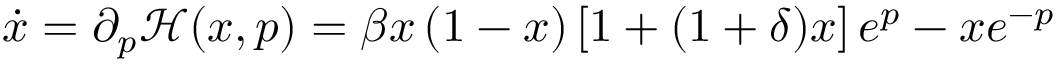
\begin{array} { r } { \dot { x } = { \partial _ { p } } \mathcal { H } ( { x , p } ) = \beta x \left( { 1 - x } \right) \left[ { 1 + ( { 1 + \delta } ) x } \right] { e ^ { p } } - x { e ^ { - p } } } \end{array}